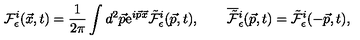
{ \cal F } _ { \epsilon } ^ { i } ( \vec { x } , t ) = \frac { 1 } { 2 \pi } \int d ^ { 2 } \vec { p } \mathrm { e } ^ { i \vec { p } \vec { x } } \tilde { \cal F } _ { \epsilon } ^ { i } ( \vec { p } , t ) , \qquad \overline { { \tilde { \cal F } } } { } _ { \epsilon } ^ { i } ( \vec { p } , t ) = \tilde { \cal F } _ { \epsilon } ^ { i } ( - \vec { p } , t ) ,